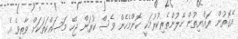
އެގޮތުން ރައްޔިތުން ހޭލުންތެރިކުރުމަކީ ކޮންމެހެން ވެސް ކުރަން ޖެހޭ މަސައްކަތަކަށް ވާތީވެ އެ